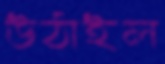
উঠাইল